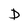
Character: D